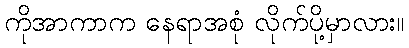
ကိုအာကာက နေရာအစုံ လိုက်ပို့မှာလား။